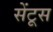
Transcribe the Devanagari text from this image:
सेंटूस